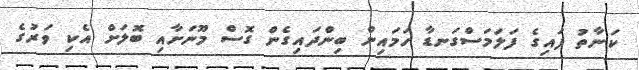
ކަނާތު ފައިގެ ފަލަމަސްގަނޑާ ހަމައިން ބިންދައިގެން ގޮސް މޫނަށާއި ބޮލަށް އެކި ވަރުގެ